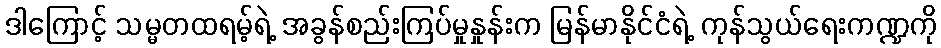
ဒါကြောင့် သမ္မတထရမ့်ရဲ့ အခွန်စည်းကြပ်မှုနှုန်းက မြန်မာနိုင်ငံရဲ့ ကုန်သွယ်ရေးကဏ္ဍကို